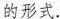
的形式。